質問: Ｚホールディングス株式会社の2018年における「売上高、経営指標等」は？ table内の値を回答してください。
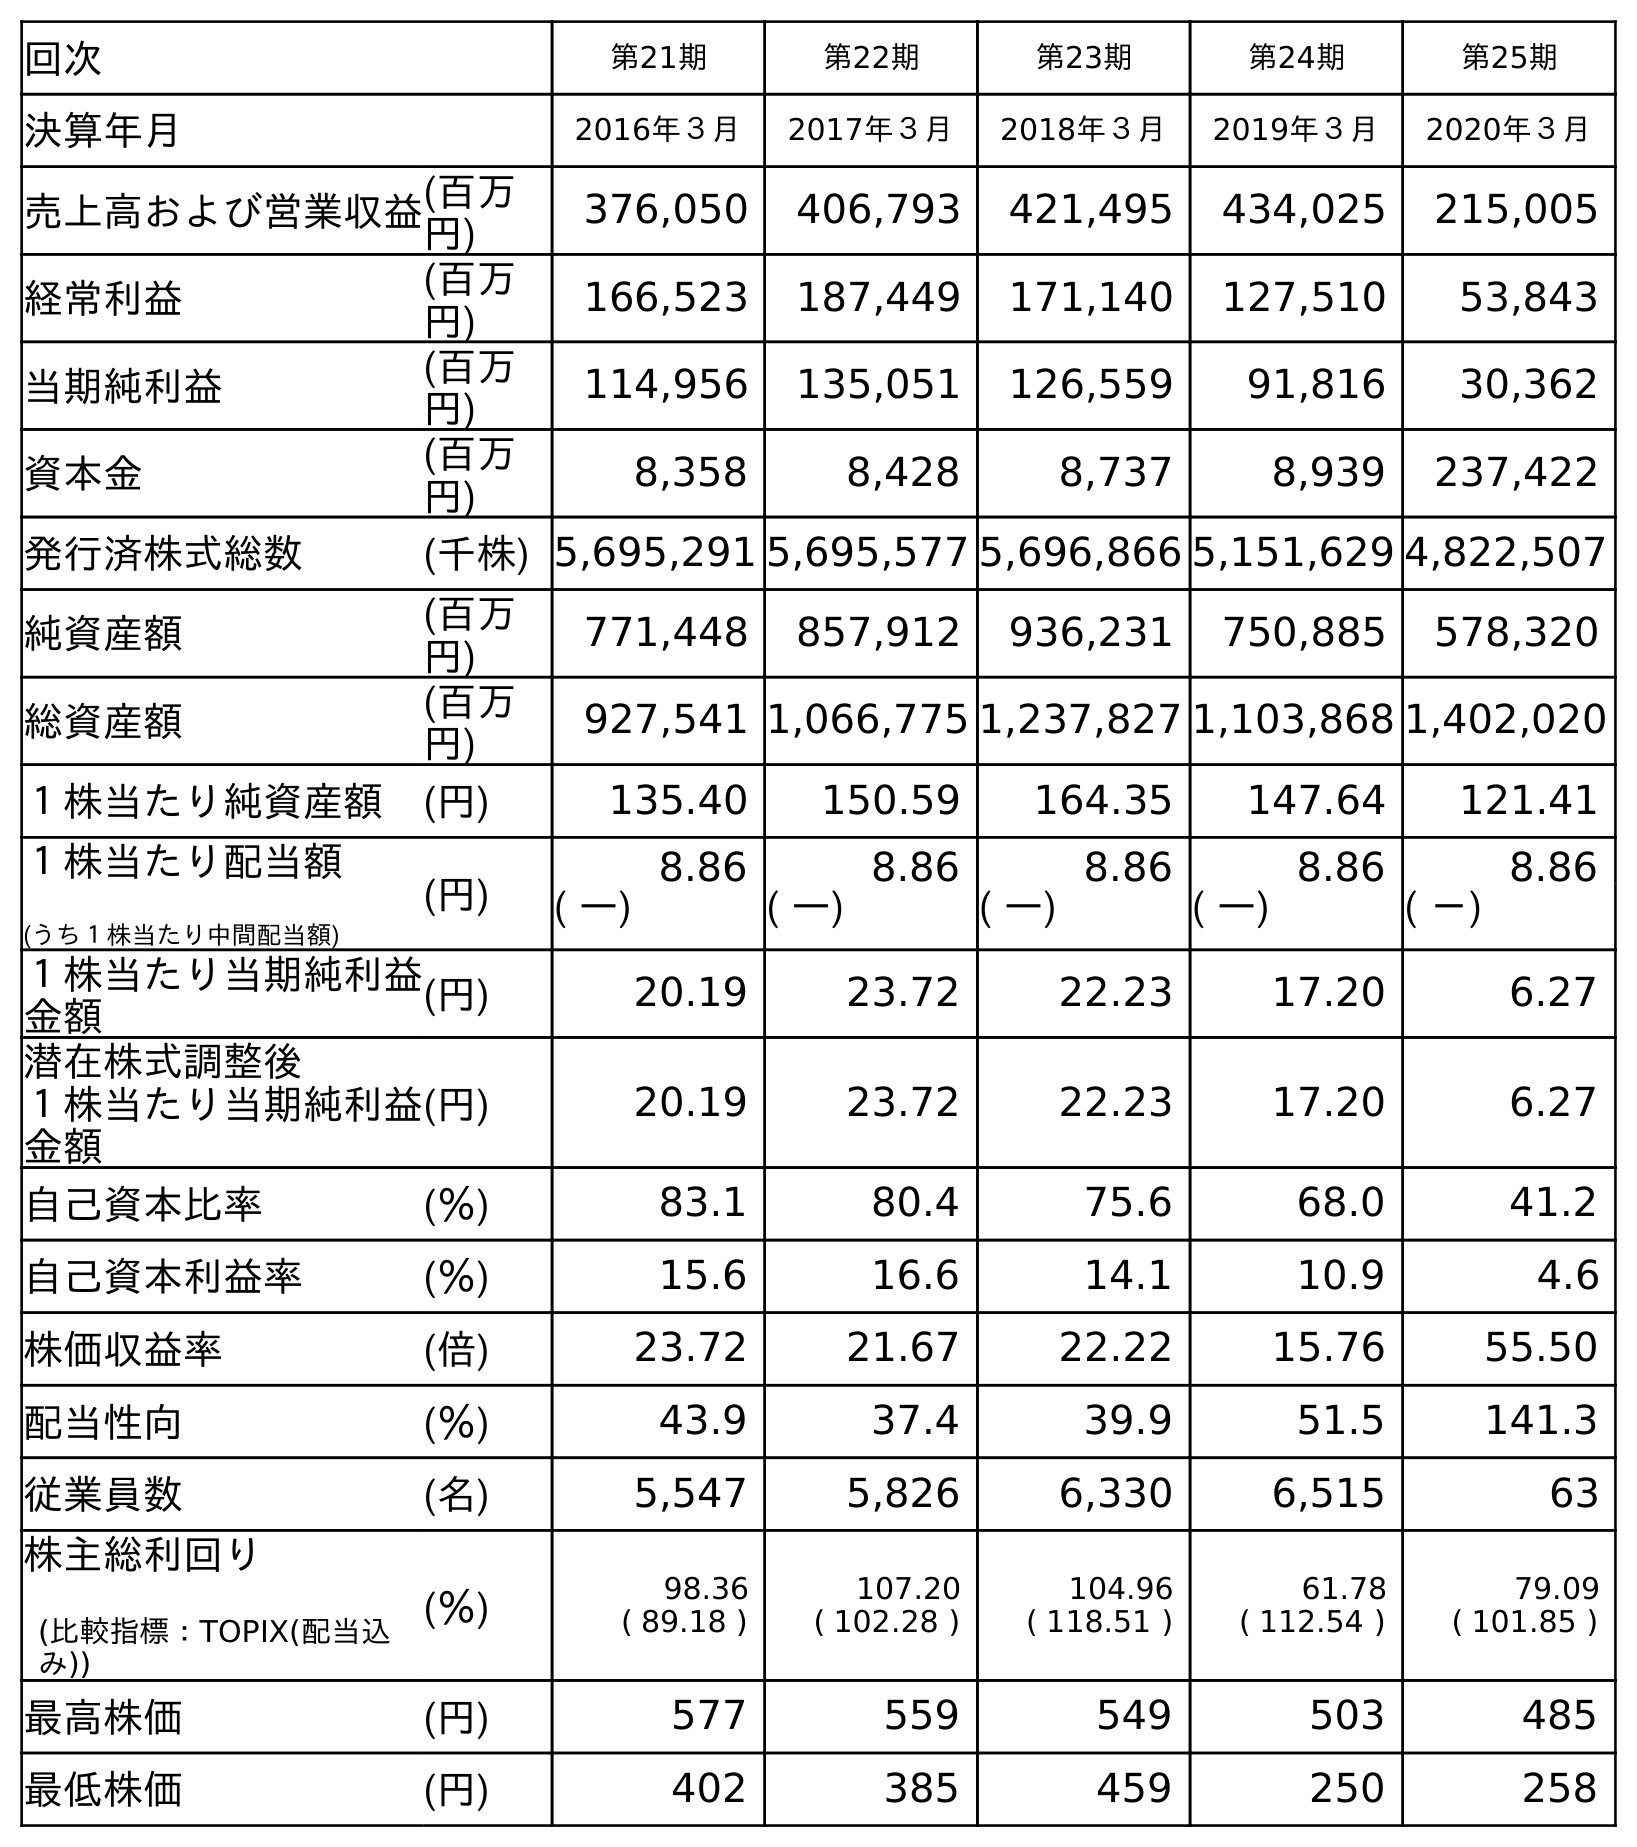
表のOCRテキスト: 回次 第21期 第22期 第23期 第24期 第25期 決算年月 2016年３月 2017年３月 2018年３月 2019年３月 2020年３月 売上高および営業収益(百万 円) 376,050 406,793 421,495 434,025 215,005 経常利益 (百万 円) 166,523 187,449 171,140 127,510 53,843 当期純利益 (百万 円) 114,956 135,051 126,559 91,816 30,362 資本金 (百万 円) 8,358 8,428 8,737 8,939 237,422 発行済株式総数 (千株) 5,695,291 5,695,577 5,696,866 5,151,629 4,822,507 純資産額 (百万 円) 771,448 857,912 936,231 750,885 578,320 総資産額 (百万 円) 927,541 1,066,775 1,237,827 1,103,868 1,402,020 １株当たり純資産額 (円) 135.40 150.59 164.35 147.64 121.41 １株当たり配当額 (うち１株当たり中間配当額) (円) 8.86 8.86 8.86 8.86 8.86 ( ―) ( ―) ( ―) ( ―) ( －) １株当たり当期純利益 金額 (円) 20.19 23.72 22.23 17.20 6.27 潜在株式調整後 １株当たり当期純利益 金額 (円) 20.19 23.72 22.23 17.20 6.27 自己資本比率 (％) 83.1 80.4 75.6 68.0 41.2 自己資本利益率 (％) 15.6 16.6 14.1 10.9 4.6 株価収益率 (倍) 23.72 21.67 22.22 15.76 55.50 配当性向 (％) 43.9 37.4 39.9 51.5 141.3 従業員数 (名) 5,547 5,826 6,330 6,515 63 株主総利回り (比較指標：TOPIX(配当込 み)) (％) 98.36 ( 89.18 ) 107.20 ( 102.28 ) 104.96 ( 118.51 ) 61.78 ( 112.54 ) 79.09 ( 101.85 ) 最高株価 (円) 577 559 549 503 485 最低株価 (円) 402 385 459 250 258
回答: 421,495